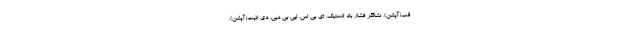
قب(آپشن)، نشانگر فشار باد لاستیک، ای بی اس، ایی بی دیی، دی لایت(آپشن)،